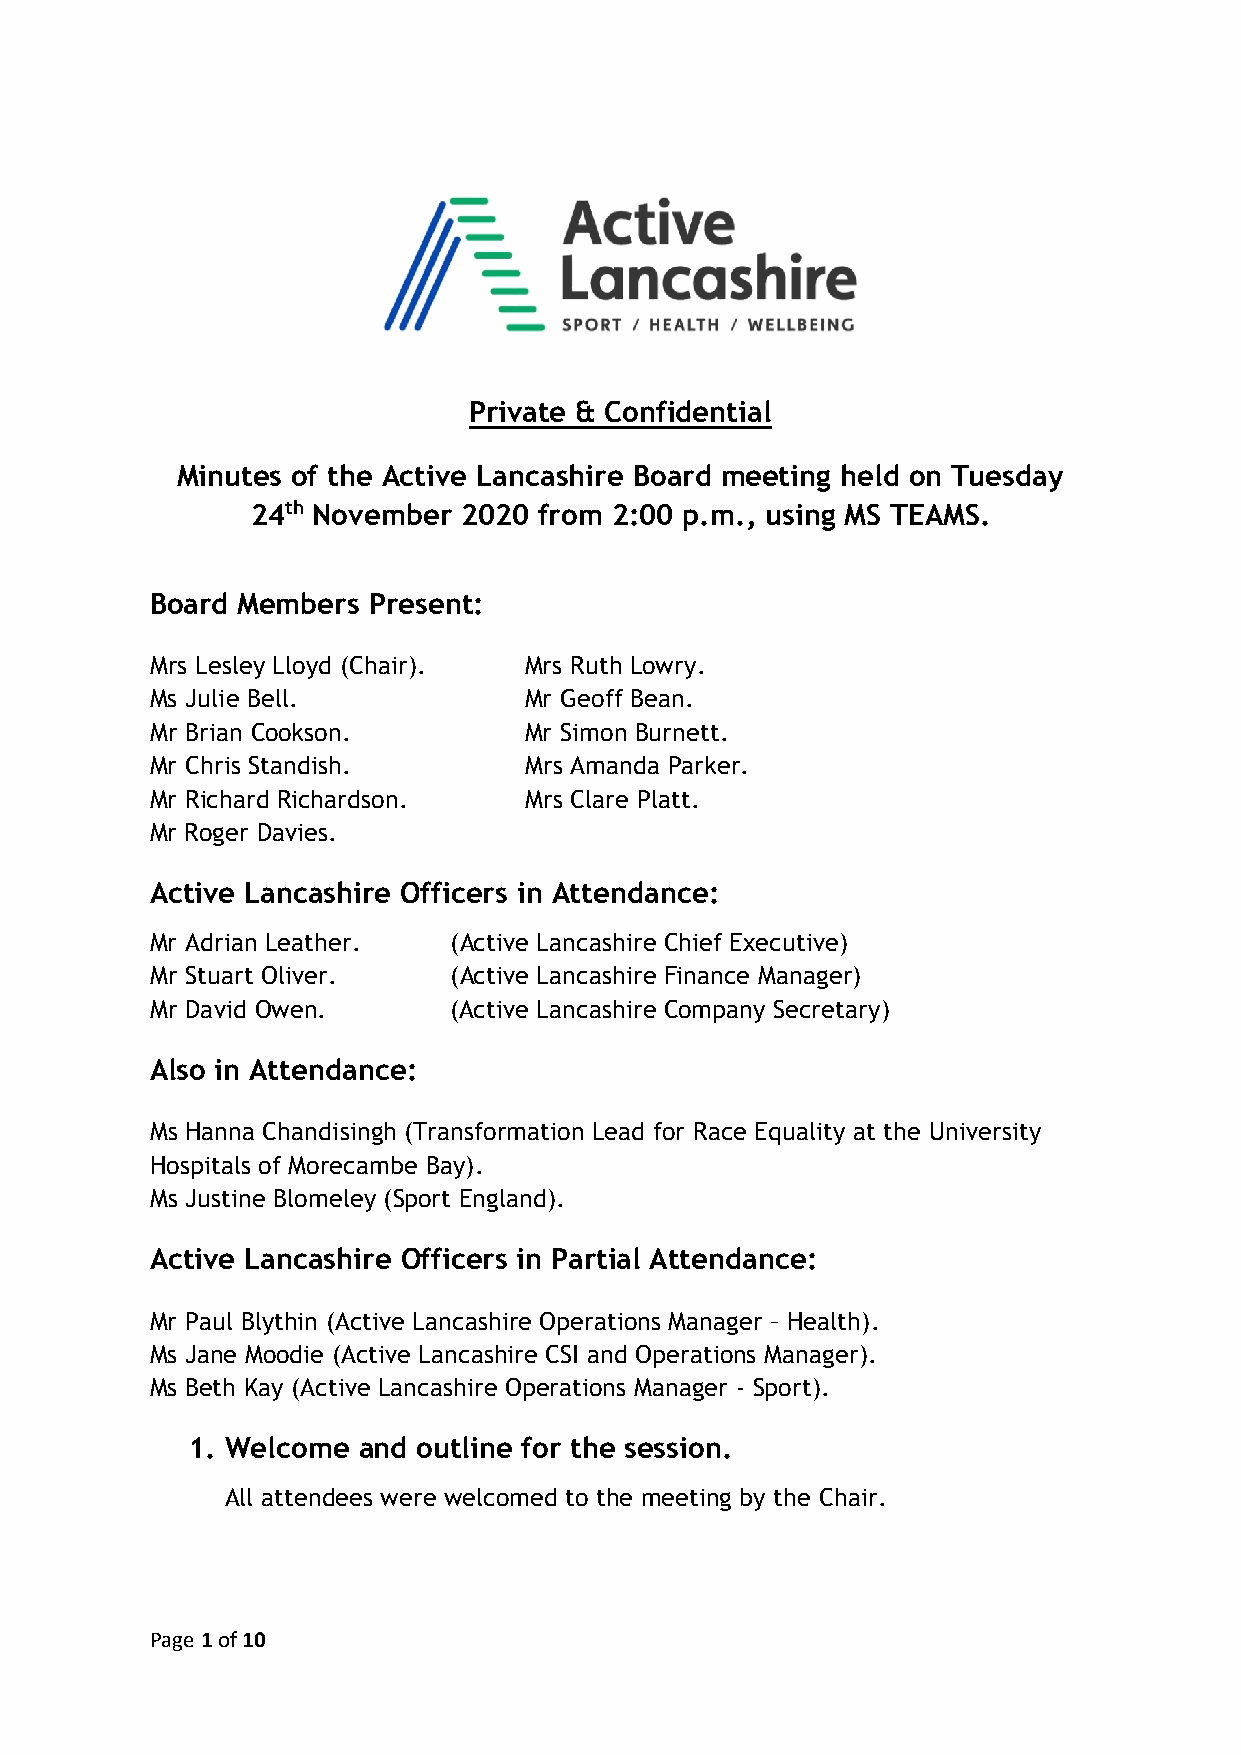
Private & Confidential
 Minutes of the Active Lancashire Board meeting held on Tuesday
 24th November 2020 from 2:00 p.m., using MS TEAMS.
 Board Members Present:
 Mrs Lesley Lloyd (Chair). Mrs Ruth Lowry.
 Ms Julie Bell.           Mr Geoff Bean.
 Mr Brian Cookson.        Mr Simon Burnett.
 Mr Chris Standish.       Mrs Amanda Parker.
 Mr Richard Richardson.   Mrs Clare Platt.
 Mr Roger Davies.
 Active Lancashire Officers in Attendance:
 Mr Adrian Leather.  (Active Lancashire Chief Executive)
 Mr Stuart Oliver.   (Active Lancashire Finance Manager)
 Mr David Owen.      (Active Lancashire Company Secretary)
 Also in Attendance:
 Ms Hanna Chandisingh (Transformation Lead for Race Equality at the University
 Hospitals of Morecambe Bay).
 Ms Justine Blomeley (Sport England).
 Active Lancashire Officers in Partial Attendance:
 Mr Paul Blythin (Active Lancashire Operations Manager – Health).
 Ms Jane Moodie (Active Lancashire CSI and Operations Manager).
 Ms Beth Kay (Active Lancashire Operations Manager - Sport).
 1. Welcome  and outline for the session.
 All attendees were welcomed to the meeting by the Chair.
 Page 1 of 10